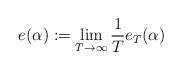
LaTeX: \begin{align*}e(\alpha):=\lim_{T\to\infty}\frac1T e_T(\alpha)\end{align*}